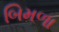
બિમળા